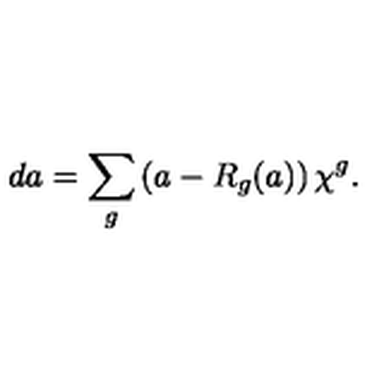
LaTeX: d a = \sum _ { g } \left( a - R _ { g } ( a ) \right) \chi ^ { g } .